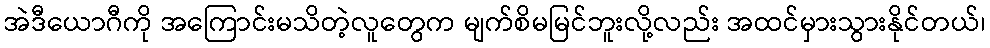
အဲဒီယောဂီကို အကြောင်းမသိတဲ့လူတွေက မျက်စိမမြင်ဘူးလို့လည်း အထင်မှားသွားနိုင်တယ်၊